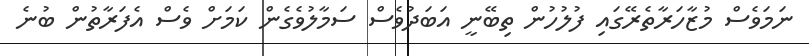
ނަމަވެސް މުޒާހަރާތެރޭގައި ފުލުހުން ތިބޭނީ އަބަދުވެސް ސަމާލުވެގެން ކަމަށް ވެސް އެފަރާތުން ބުނެ